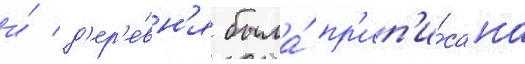
и́ д'ер'е́вн'я была́ пр'ип'и́сана